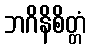
ဘဂိနိစိတ္တံ